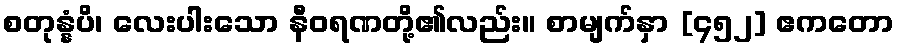
စတုန္နံပိ၊ လေးပါးသော နီဝရဏတို့၏လည်း။ စာမျက်နှာ [၄၅၂] ဧကတော